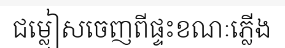
ជម្លៀសចេញពីផ្ទះខណៈភ្លើង